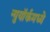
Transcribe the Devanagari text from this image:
न्युयॉर्कमध्ये